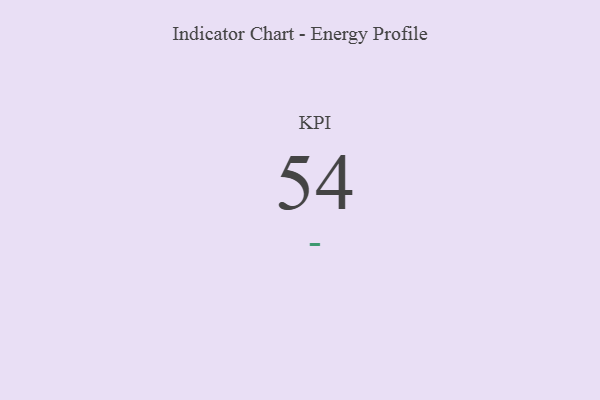
{"axis": {"x": "KPI", "y": "Value"}, "legend": [""], "data": [{"x": "KPI", "y": 54, "type": ""}]}